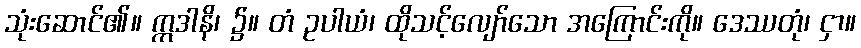
သုံးဆောင်၏။ ဣဒါနိ၊ ၌။ တံ ဥပါယံ၊ ထိုသင့်လျော်သော အကြောင်းကို။ ဒေဿတုံ၊ ငှာ။